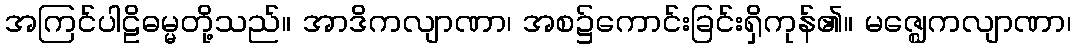
အကြင်ပါဠိဓမ္မတို့သည်။ အာဒိကလျာဏာ၊ အစ၌ကောင်းခြင်းရှိကုန်၏။ မဇ္ဈေကလျာဏာ၊